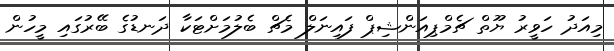
މިއަދު ހަވީރު ޔޫތް ޗެމްޕިއަންޝިޕް ފައިނަލް މެޗް ބެލުމަށްޓަކާ ދަނޑުގެ ބޭރުގައި މީހުން